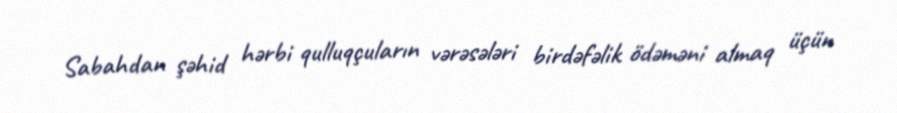
Sabahdan şəhid hərbi qulluqçuların vərəsələri birdəfəlik ödəməni almaq üçün